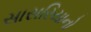
સાસરિયાનો